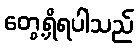
တွေ့ရှိရပါသည်